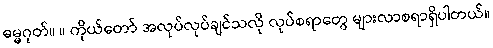
ဓမ္မဂုတ်။ ။ ကိုယ်တော် အလုပ်လုပ်ချင်သလို လုပ်စရာတွေ များလာစရာရှိပါတယ်။